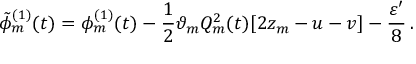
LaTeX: \tilde { \phi } _ { m } ^ { ( 1 ) } ( t ) = \phi _ { m } ^ { ( 1 ) } ( t ) - \frac { 1 } { 2 } \vartheta _ { m } Q _ { m } ^ { 2 } ( t ) [ 2 z _ { m } - u - v ] - \frac { \varepsilon ^ { \prime } } { 8 } \, .